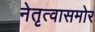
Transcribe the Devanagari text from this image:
नेतृत्वासमोर